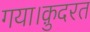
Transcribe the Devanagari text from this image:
गया।क़ुदरत